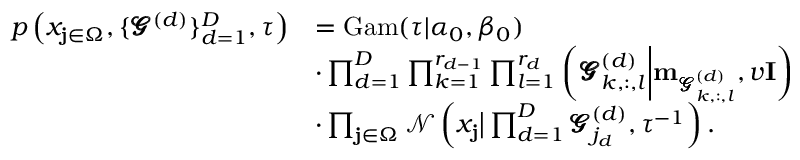
\begin{array} { r l } { p \left( x _ { \mathbf { j } \in \Omega } , \{ \pmb { \mathscr { G } } ^ { ( d ) } \} _ { d = 1 } ^ { D } , \tau \right) } & { = \operatorname { G a m } ( \tau | \alpha _ { 0 } , \beta _ { 0 } ) } \\ & { \cdot \prod _ { d = 1 } ^ { D } \prod _ { k = 1 } ^ { r _ { d - 1 } } \prod _ { l = 1 } ^ { r _ { d } } \left( \pmb { \mathscr { G } } _ { k , : , l } ^ { ( d ) } \bigg | \mathbf { m } _ { \pmb { \mathscr { G } } _ { k , : , l } ^ { ( d ) } } , v \mathbf { I } \right) } \\ & { \cdot \prod _ { \mathbf { j } \in \Omega } \mathcal { N } \left( x _ { \mathbf { j } } \big | \prod _ { d = 1 } ^ { D } \pmb { \mathscr { G } } _ { j _ { d } } ^ { ( d ) } , \tau ^ { - 1 } \right) . } \end{array}